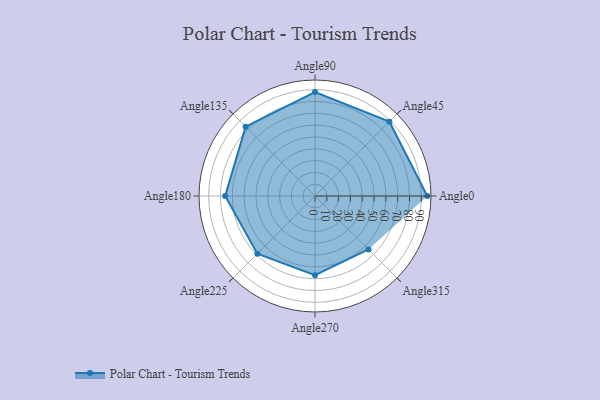
{"axis": {"x": "Angle", "y": "Radius"}, "legend": [""], "data": [{"x": "Angle0", "y": 95.0, "type": ""}, {"x": "Angle45", "y": 89.0, "type": ""}, {"x": "Angle90", "y": 88.0, "type": ""}, {"x": "Angle135", "y": 83.0, "type": ""}, {"x": "Angle180", "y": 76.0, "type": ""}, {"x": "Angle225", "y": 69.0, "type": ""}, {"x": "Angle270", "y": 67.0, "type": ""}, {"x": "Angle315", "y": 64.0, "type": ""}]}